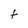
Character: A